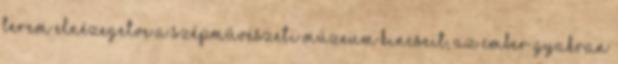
terem Elnézegetve a Szépművészeti Múzeum kincseit, az ember gyakran